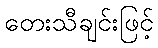
တေးသီချင်းဖြင့်